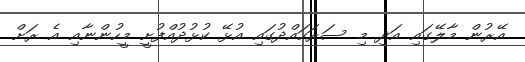
އޭރުން މާލޭގައި އަދި މި ސަރަހައްދުގައި އުޅޭ ކުޅުދުއްފުށީ މީހުންނާއި އެ ރަށް